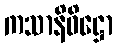
ကသာနိဝိဋ္ဌော